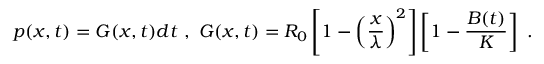
p ( x , t ) = G ( x , t ) d t \ , \ G ( x , t ) = R _ { 0 } \left[ 1 - \left( \frac { x } { \lambda } \right) ^ { 2 } \right] \left[ 1 - \frac { B ( t ) } { K } \right] \ .